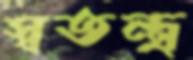
স্বতন্ত্র